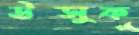
উত্সুক